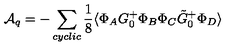
{ \cal A } _ { q } = - \sum _ { c y c l i c } \frac { 1 } { 8 } \langle \Phi _ { A } G _ { 0 } ^ { + } \Phi _ { B } \Phi _ { C } \tilde { G } _ { 0 } ^ { + } \Phi _ { D } \rangle